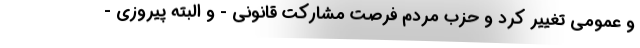
و عمومی تغییر کرد و حزب مردم فرصت مشارکت قانونی - و البته پیروزی -